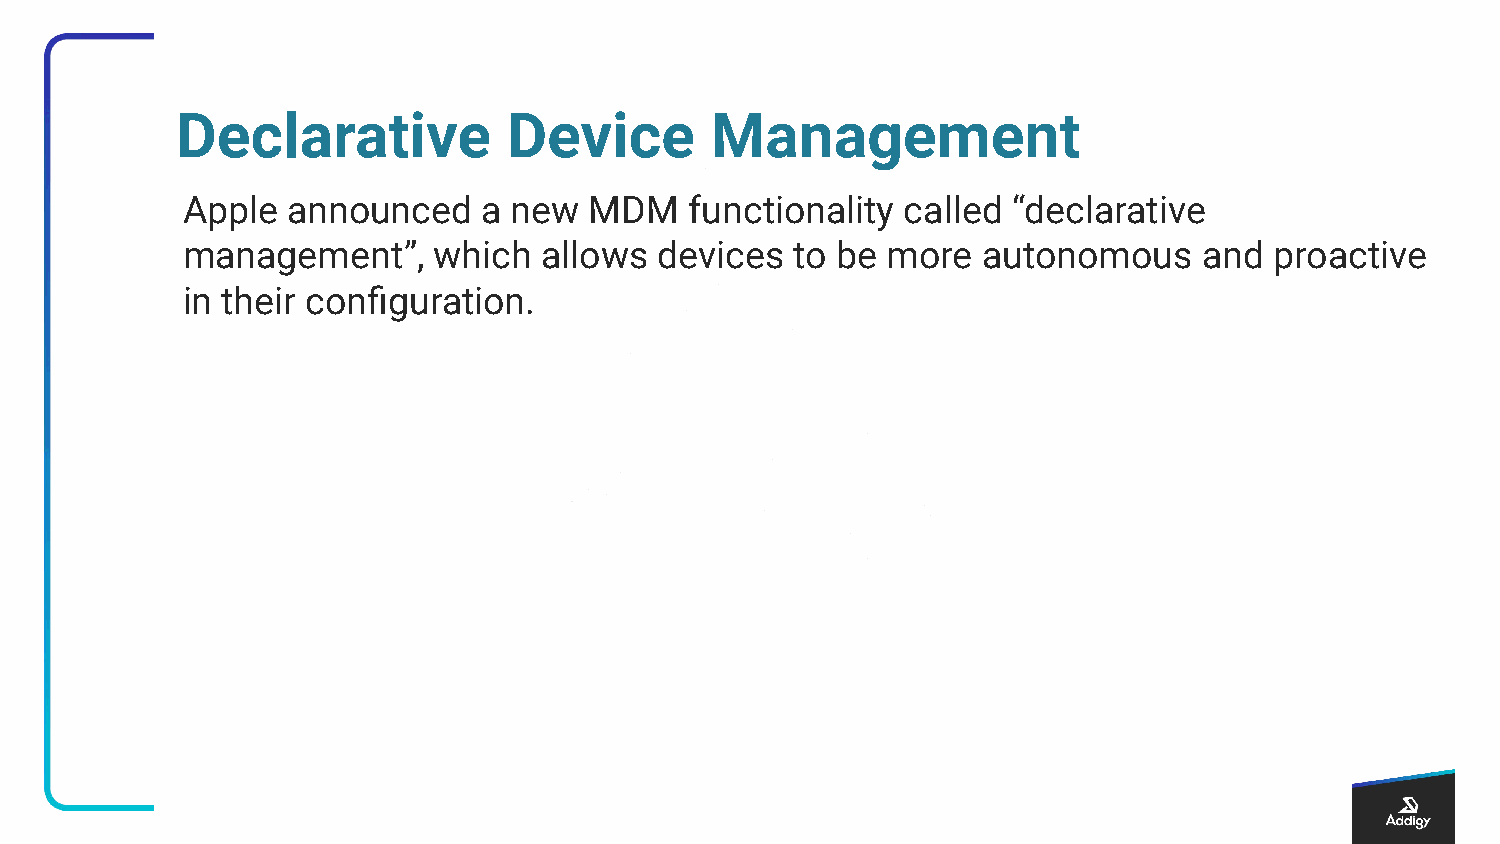
Declarative           Device       Management
 Apple  announced    a new  MDM    functionality called “declarative
 management”,     which  allows  devices  to be more  autonomous     and proactive
 in their configuration.